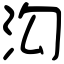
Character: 沟